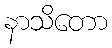
နာသိတော